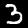
Digit: 3